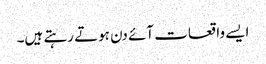
ایسے واقعات آئے دن ہوتے رہتے ہیں۔